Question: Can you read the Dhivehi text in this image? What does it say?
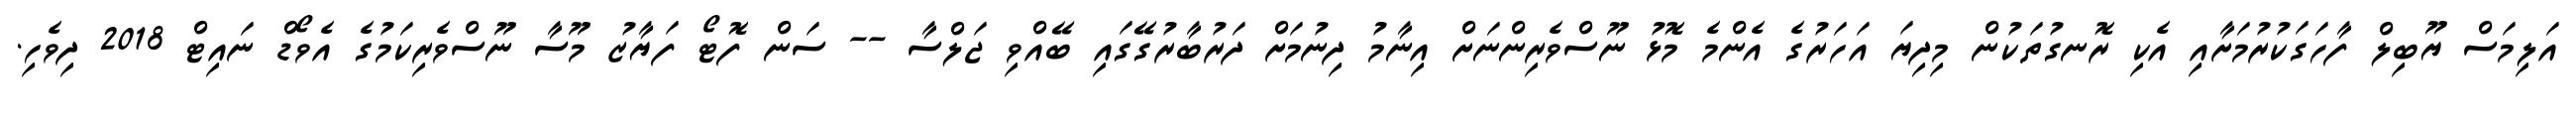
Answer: އަލިމަސް ޔޫބިލް ފާހަގަކުރުމަށާއި އެކި ރޮނގުތަކުން މިދިޔަ އަހަރުގެ އެންމެ މޮޅު ނޫސްވެރިންނަށް އިނާމު ދިނުމަށް ދަރުބާރުގޭގައި ބޭއްވި ޖަލްސާ -- ސަން ފޮޓޯ ފަޔާޒު މޫސާ ނޫސްވެރިކަމުގެ އެވޯޑް ނައިޓް 2018 ދިވެހި.